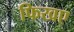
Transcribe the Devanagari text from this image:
फिखए